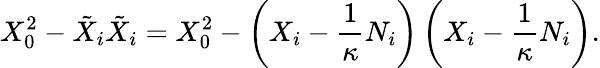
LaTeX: X_{0}^{2}-\tilde{X}_{i}\tilde{X}_{i}=X_{0}^{2}-\left(X_{i}-\frac 1\kappa N_{i}\right)\left(X_{i}-\frac 1\kappa N_{i}\right).